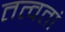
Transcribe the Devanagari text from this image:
तत्वतां